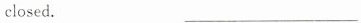
closed. ___